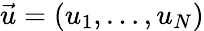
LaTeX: \vec{u}=(u_{1},\dotsc,u_{N})